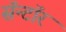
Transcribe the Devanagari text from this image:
सॅन्टॉर